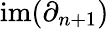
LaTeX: \mathrm{im}(\partial_{n+1})